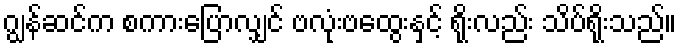
ဂျွန်ဆင်က စကားပြောလျှင် ဗလုံးဗထွေးနှင့် ရိုးလည်း သိပ်ရိုးသည်။